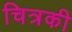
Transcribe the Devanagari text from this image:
चित्रकी